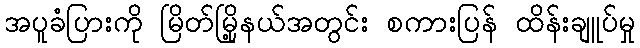
အပူခံပြားကို မြိတ်မြို့နယ်အတွင်း စကားပြန် ထိန်းချူပ်မှု